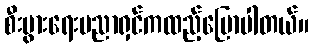
စီးပွားရေးပညာရှင်ကထည့်ပြောပါတယ်။